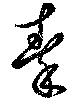
秦